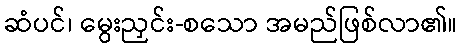
ဆံပင်၊ မွေးညှင်း-စသော အမည်ဖြစ်လာ၏။